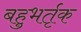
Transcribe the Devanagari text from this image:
बहुभर्तृक